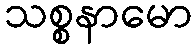
သစ္စနာမော